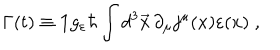
LaTeX: \Gamma ( t ) \equiv { \bf 1 } g _ { \varepsilon } \hbar \int d ^ { 3 } \vec { x } \, \partial _ { \mu } j ^ { \mu } ( x ) \varepsilon ( x ) \; ,